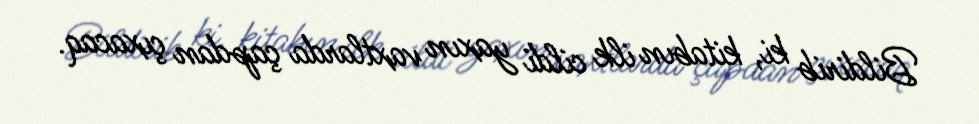
Bildirib ki, kitabın ilk cildi yaxın vaxtlarda çapdan çıxacaq.